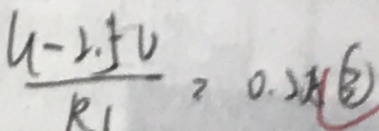
\frac { U - 2 . 5 V } { R _ { 1 } } = 0 . 2 A \textcircled { 3 }